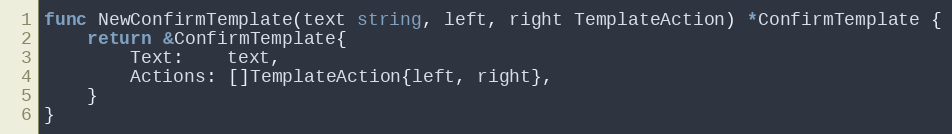
Language: Go
func NewConfirmTemplate(text string, left, right TemplateAction) *ConfirmTemplate {
	return &ConfirmTemplate{
		Text:    text,
		Actions: []TemplateAction{left, right},
	}
}